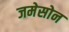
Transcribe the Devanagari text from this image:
जमेसोन